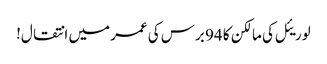
لوریئل کی مالکن کا 94 برس کی عمر میں انتقال!